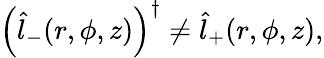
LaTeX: \begin{array}{r}{\left(\hat{l}_{-}(r,\phi,z)\right)^{\dagger}\neq\hat{l}_{+}(r,\phi,z),}\end{array}